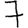
Digit: 7